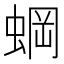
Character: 𬠐